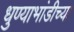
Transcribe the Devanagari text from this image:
धुण्याभांडीच्या